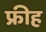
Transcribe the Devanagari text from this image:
फ्रीह